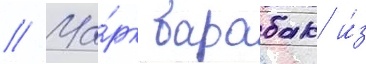
// Ма́рк барабак и́з